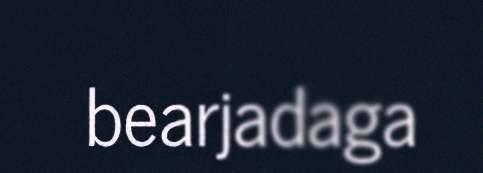
bearjadaga